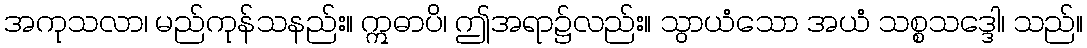
အကုသလာ၊ မည်ကုန်သနည်း။ ဣဓာပိ၊ ဤအရာ၌လည်း။ သွာယံသော အယံ သစ္စသဒ္ဒေါ၊ သည်။